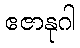
ဧဇာနုဂါ